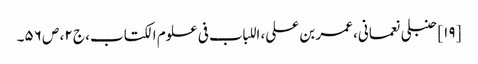
[۱۹] حنبلی نعمانی، عمر بن علی، اللباب فی علوم الکتاب، ج ۲، ص ۵۶۔